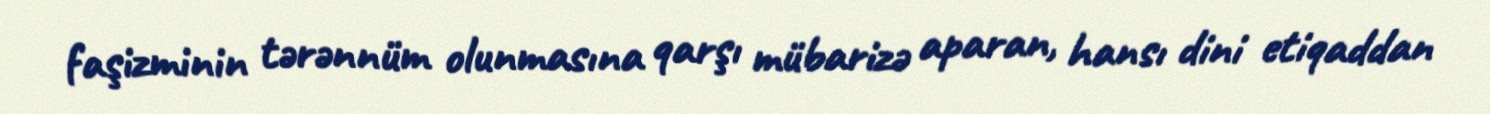
faşizminin tərənnüm olunmasına qarşı mübarizə aparan, hansı dini etiqaddan